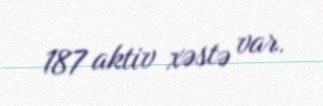
187 aktiv xəstə var.